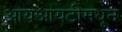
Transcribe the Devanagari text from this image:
आयआयटीमधून